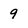
Character: 9